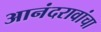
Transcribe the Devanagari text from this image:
आनंदरावांचा